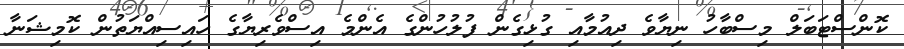
ކޮންސްޓަބަލް މިސްބާހު ނިޔާވެ ދިއުމާއި ގުޅިގެން ފުލުހުންގެ އެންމެ އިސްވެރިޔާގެ ހައިސިއްޔަތުން ކޮމިޝަނާ